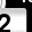
Digit: 2